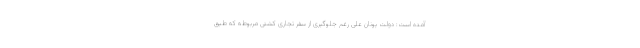
آمده است: دولت یونان علی رغم جلوگیری از سفر تجاری کشتی مربوطه که طبق